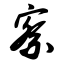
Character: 察